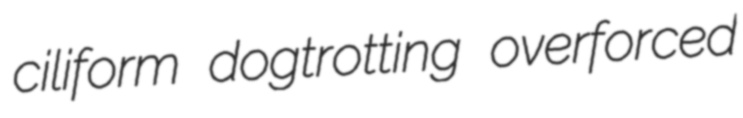
ciliform dogtrotting overforced